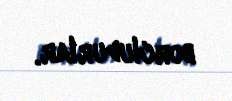
borcludurlar.